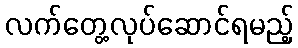
လက်တွေ့လုပ်ဆောင်ရမည့်